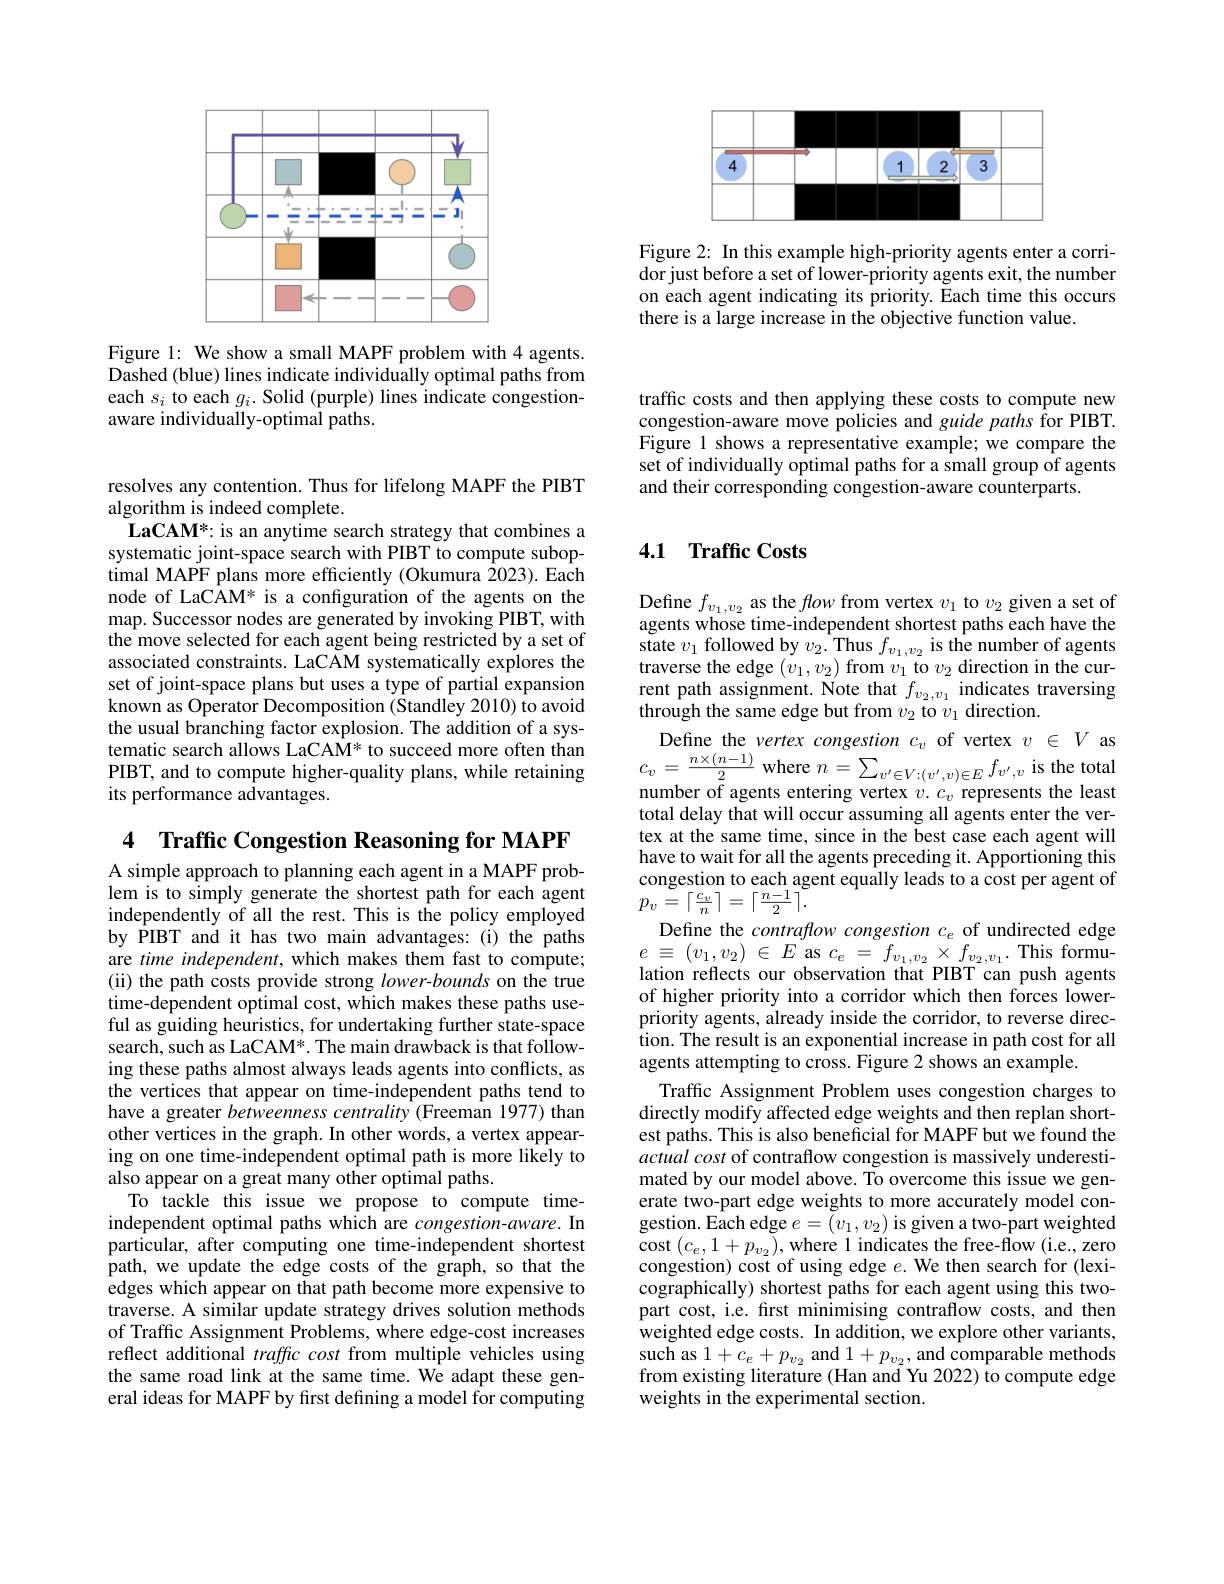
<FigureHere>

Figure 2: In this example high-priority agents enter a corridor just before a set of lower-priority agents exit, the number on each agent indicating its priority. Each time this occurs there is a large increase in the objective function value.

<FigureHere>

Figure 1: We show a small MAPF problem with 4 agents. Dashed (blue) lines indicate individually optimal paths from each $s_i$ to each $g_i.$ Solid (purple) lines indicate congestionaware individually-optimal paths.

resolves any contention. Thus for lifelong MAPF the PIBT
algorithm is indeed complete.
LaCAM*: is an anytime search strategy that combines a systematic joint-space search with PIBT to compute suboptimal MAPF plans more efficiently (Okumura 2023). Each node of LaCAM* is a configuration of the agents on the map. Successor nodes are generated by invoking PIBT, with the move selected for each agent being restricted by a set of associated constraints. LaCAM systematically explores the set of joint-space plans but uses a type of partial expansion known as Operator Decomposition (Standley 2010) to avoid the usual branching factor explosion. The addition of a systematic search allows LaCAM* to succeed more often than PIBT, and to compute higher-quality plans, while retaining its performance advantages.

4 Traffic Congestion Reasoning for MAPF A simple approach to planning each agent in a MAPF problem is to simply generate the shortest path for each agent independently of all the rest. This is the policy employed by PIBT and it has two main advantages: (i) the paths are time independent, which makes them fast to compute; (ii) the path costs provide strong $lower-bounds$ on the true time-dependent optimal cost, which makes these paths useful as guiding heuristics, for undertaking further state-space search, such as LaCAM*. The main drawback is that following these paths almost always leads agents into conflicts, as the vertices that appear on time-independent paths tend to have a greater betweenness centrality (Freeman 1977) than other vertices in the graph. In other words, a vertex appearing on one time-independent optimal path is more likely to also appear on a great many other optimal paths.
To tackle this issue we propose to compute timeindependent optimal paths which are $congestion-aware.$ In particular, after computing one time-independent shortest path, we update the edge costs of the graph, so that the edges which appear on that path become more expensive to traverse. A similar update strategy drives solution methods of Traffic Assignment Problems, where edge-cost increases reflect additional traffic cost from multiple vehicles using the same road link at the same time. We adapt these general ideas for MAPF by fırst defıning a model for computing

traffic costs and then applying these costs to compute new congestion-aware move policies and guide paths for PIBT. Figure 1 shows a representative example; we compare the set of individually optimal paths for a small group of agents and their corresponding congestion-aware counterparts.

## 4.1 Traffic Costs

Define $f_v_1,v_2$ as the fow from vertex $v_1$ to $v_2$ given a set of agents whose time-independent shortest paths each have the ${\mathrm{state~}v_{1}}{\mathrm{~followed~by~}v_{2}.\mathrm{~Thus~}f_{v_{1},v_{2}}}{\mathrm{~is~the~number~of~agents}}$ traverse the edge $( v_1, v_2) \textbf{from}v_1$ to $v_2$ direction in the cur- $\begin{array}{l}\text{rent path assignment. Note that }f_{v_2,v_1}&\text{indicates traversing}\\\text{through the same edge but from }v_2&\text{to }v_1&\text{direction.}\end{array}$ Define the vertex congestion $c_{v}$ of vertex $v$ $\in$ $V$ as $c_{v}= \frac {n\times ( n- 1) }2$ where $n= \sum _{v^{\prime }\in V: ( v^{\prime }, v) \in E}f_{v^{\prime }, v}$ is the total number of agents entering vertex $v.$ $c_{v}$ represents the least total delay that will occur assuming all agents enter the vertex at the same time, since in the best case each agent will have to wait for all the agents preceding it. Apportioning this congestion to each agent equally leads to a cost per agent of $p_{v}\stackrel{\sim}{=}\left\lceil\frac{c_{v}}{n}\right\rceil=\left\lceil\frac{n-1}{2}\right\rceil.$
Define the contraflow congestion $c_e$ of undirected edge $e$ $\equiv$ $( v_{1}, v_{2})$ $\in$ $E$ as$c_e$ = $f_{v_{1}, v_{2}}\times$ $f_{v_{2}, v_{1}}.$This formulation reflects our observation that PIBT can push agents of higher priority into a corridor which then forces lowerpriority agents, already inside the corridor, to reverse direction. The result is an exponential increase in path cost for all agents attempting to cross. Figure 2 shows an example.
Traffic Assignment Problem uses congestion charges to directly modify affected edge weights and then replan shortest paths. This is also beneficial for MAPF but we found the actual cost of contraflow congestion is massively underestimated by our model above. To overcome this issue we generate two-part edge weights to more accurately model congestion. Each edge $e=(v_1,v_2)$ is given a two-part weighted $\operatorname*{cost}\left(c_{e},1+p_{v_{2}}\right),\operatorname*{where~1~indicates~the~free-flow~(i.e.,zero}$ congestion) cost of using edge $e.$ We then search for (lexicographically) shortest paths for each agent using this twopart cost, i.e. first minimising contraflow costs, and then weighted edge costs. In addition, we explore other variants, such as $1+c_{e}+p_{v_{2}}$ and $1+p_{v_{2}}$, and comparable methods from existing literature (Han and Yu 2022) to compute edge weights in the experimental section.